Scientific memoirs by medical officers of the Army of India - Part I,
Year: 1884
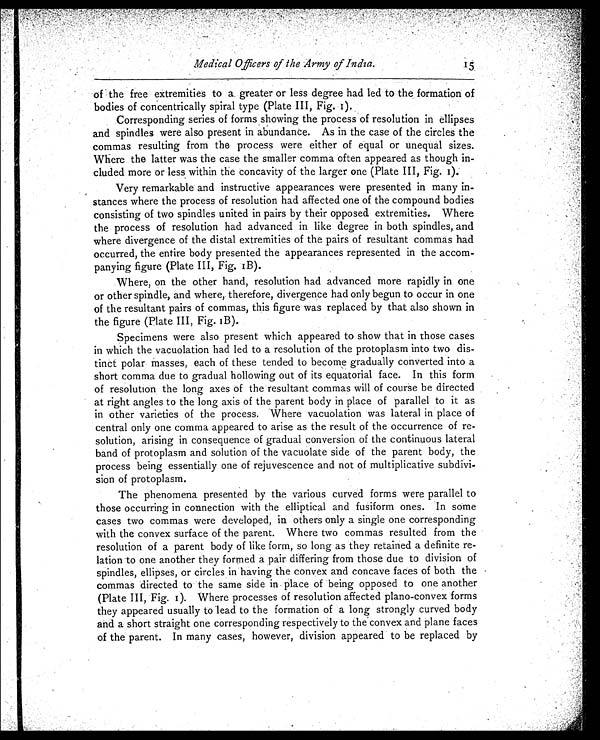
Medical Officers of the Army of India.
1 5
of the free extremities to a greater or less degree had led to the formation of
bodies of concentrically spiral type (Plate III, Fig. 1).
Corresponding series of forms showing the process of resolution in ellipses
and spindles were also present in abundance. As in the case of the circles the
commas resulting from the process were either of equal or unequal sizes.
Where the latter was the case the smaller comma often appeared as though in
-cluded more or less within the concavity of the larger one (Plate III, Fig. 1).
Very remarkable and instructive appearances were presented in many in
- s t a n c e s w h e r e t h e p r o c e s s o f r e s o l u t i o n h a d a f f e c t e d o n e o f t h e c o m p o u n d b o d i e s
consisting of two spindles united in pairs by their opposed extremities. Where
the process of resolution had advanced in like degree in both spindles, and
where divergence of the distal extremities of the pairs of resultant commas had
occurred, the entire body presented the appearances represented in the accom
-panying figure (Plate III, Fig. 1B).
Where, on the other hand, resolution had advanced more rapidly in one
or other spindle, and where, therefore, divergence had only begun to occur in one
of the resultant pairs of commas, this figure was replaced by that also shown in
the figure (Plate III, Fig. 1B).
Specimens were also present which appeared to show that in those cases
in which the vacuolation had led to a resolution of the protoplasm into two dis
-tinct polar masses, each of these tended to become gradually converted into a
short comma due to gradual hollowing out of its equatorial face. In this form
of resolution the long axes of the resultant commas will of course be directed
at right angles to the long axis of the parent body in place of parallel to it as
in other varieties of the process. Where vacuolation was lateral in place of
central only one comma appeared to arise as the result of the occurrence of re
-solution, arising in consequence of gradual conversion of the continuous lateral
band of protoplasm and solution of the vacuolate side of the parent body, the
process being essentially one of rejuvescence and not of multiplicative subdivi
-sion of protoplasm.
The phenomena presented by the various curved forms were parallel to
those occurring in connection with the elliptical and fusiform ones. In some
cases two commas were developed, in others only a single one corresponding
with the convex surface of the parent. Where two commas resulted from the
resolution of a parent body of like form, so long as they retained a definite re
-lation to one another they formed a pair differing from those due to division of
spindles, ellipses, or circles in having the convex and concave faces of both the
commas directed to the same side in place of being opposed to one another
(Plate III, Fig. 1). Where processes of resolution affected piano-convex forms
they appeared usually to lead to the formation of a long strongly curved body
and a short straight one corresponding respectively to the convex and plane faces
of the parent. In many cases, however, division appeared to be replaced by